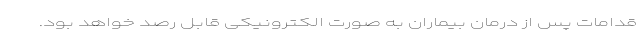
قدامات پس از درمان بیماران به صورت الکترونیکی قابل رصد خواهد بود.